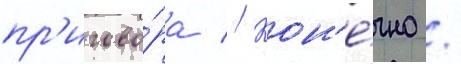
пр'игово́ра // Кон'е́чно /